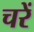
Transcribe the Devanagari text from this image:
चरें